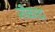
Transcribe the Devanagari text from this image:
जीकादा